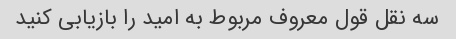
سه نقل قول معروف مربوط به امید را بازیابی کنید